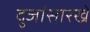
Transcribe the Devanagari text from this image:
दुजांसारखे